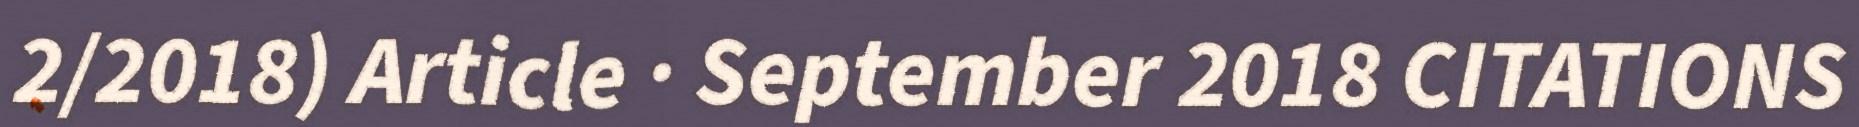
2/2018) Article · September 2018 CITATIONS